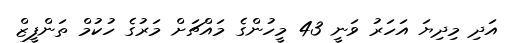
އަދި މިދިޔަ އަހަރު ވަނީ 43 މީހުންގެ މައްޗަށް މަރުގެ ހުކުމް ތަންފީޒް